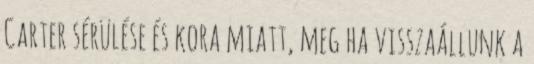
Carter sérülése és kora miatt, meg ha visszaállunk a